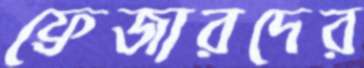
ফ্রেজারদের